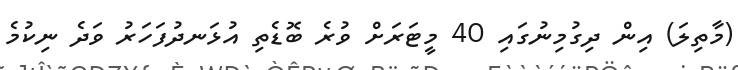
(މާތިލަ) އިން ދިގުމިނުގައި 40 މީޓަރަށް ވުރެ ބޮޑެތި އުޅަނދުފަހަރު ވަދެ ނިކުމެ